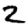
Digit: 2